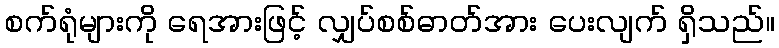
စက်ရုံများကို ရေအားဖြင့် လျှပ်စစ်ဓာတ်အား ပေးလျက် ရှိသည်။